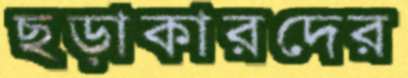
ছড়াকারদের